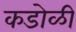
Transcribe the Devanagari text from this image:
कडोळी